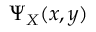
\Psi _ { X } ( x , y )